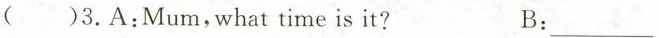
( )3.A:Mum,what time is it? B: ___